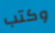
وكتب